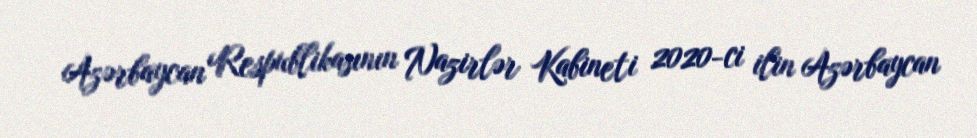
Azərbaycan Respublikasının Nazirlər Kabineti 2020-ci ilin Azərbaycan